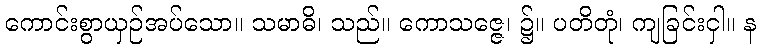
ကောင်းစွာယှဉ်အပ်သော။ သမာဓိ၊ သည်။ ကောသဇ္ဇေ၊ ၌။ ပတိတုံ၊ ကျခြင်းငှါ။ န